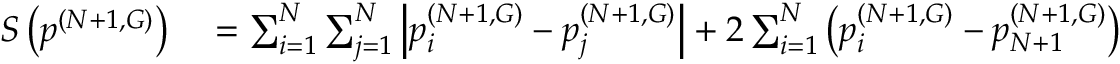
\begin{array} { r l } { S \left( \boldsymbol { p } ^ { ( N + 1 , G ) } \right) } & { { } = \sum _ { i = 1 } ^ { N } \sum _ { j = 1 } ^ { N } \left| p _ { i } ^ { ( N + 1 , G ) } - p _ { j } ^ { ( N + 1 , G ) } \right| + 2 \sum _ { i = 1 } ^ { N } \left( p _ { i } ^ { ( N + 1 , G ) } - p _ { N + 1 } ^ { ( N + 1 , G ) } \right) } \end{array}